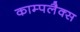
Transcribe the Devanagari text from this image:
काम्पलैक्स